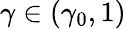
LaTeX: \gamma\in(\gamma_{0},1)